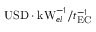
\mathrm { U S D } \cdot \mathrm { k W } _ { e l } ^ { - 1 } / t _ { \mathrm { E C } } ^ { - 1 }